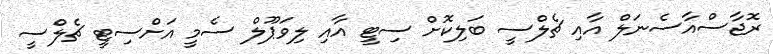
ރޮޖާސްއާސެނަލް އާއި ޗެލްސީ ބަލިކޮށް ސިޓީ އާއި ލިވަޕޫލް ސެމީ އަށްސިޓީ ޗެލްސީ